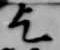
乞